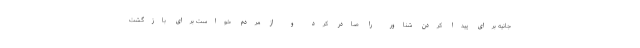
جانیه برای پیدا کردن شناور را صادر کرد و از مردم خواست برای بازگشت